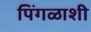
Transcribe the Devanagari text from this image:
पिंगळाशी